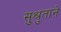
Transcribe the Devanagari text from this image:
सुश्रुताने